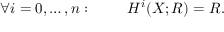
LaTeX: \forall i = 0 , \ldots , n : \qquad \ H ^ { i } ( X ; R ) = R .